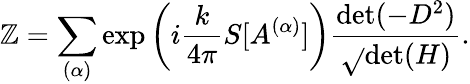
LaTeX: \mathbb{Z}=\sum_{(\alpha)}\exp\left(i\frac{{k}}{{4\pi}}S[A^{(\alpha)}]\right)\frac{{\mathrm{{det}}(-D^{2})}}{{\sqrt{}{{\mathrm{{det}}(H)}}}}.